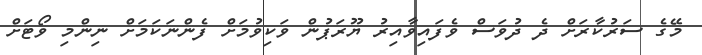
މޭގެ ސަރުކާރަށް ދެ ދުވަސް ވެފައިވާއިރު ޔޫރަޕުން ވަކިވުމަށް ފެންނަކަމަށް ނިންމި ވޯޓަށް